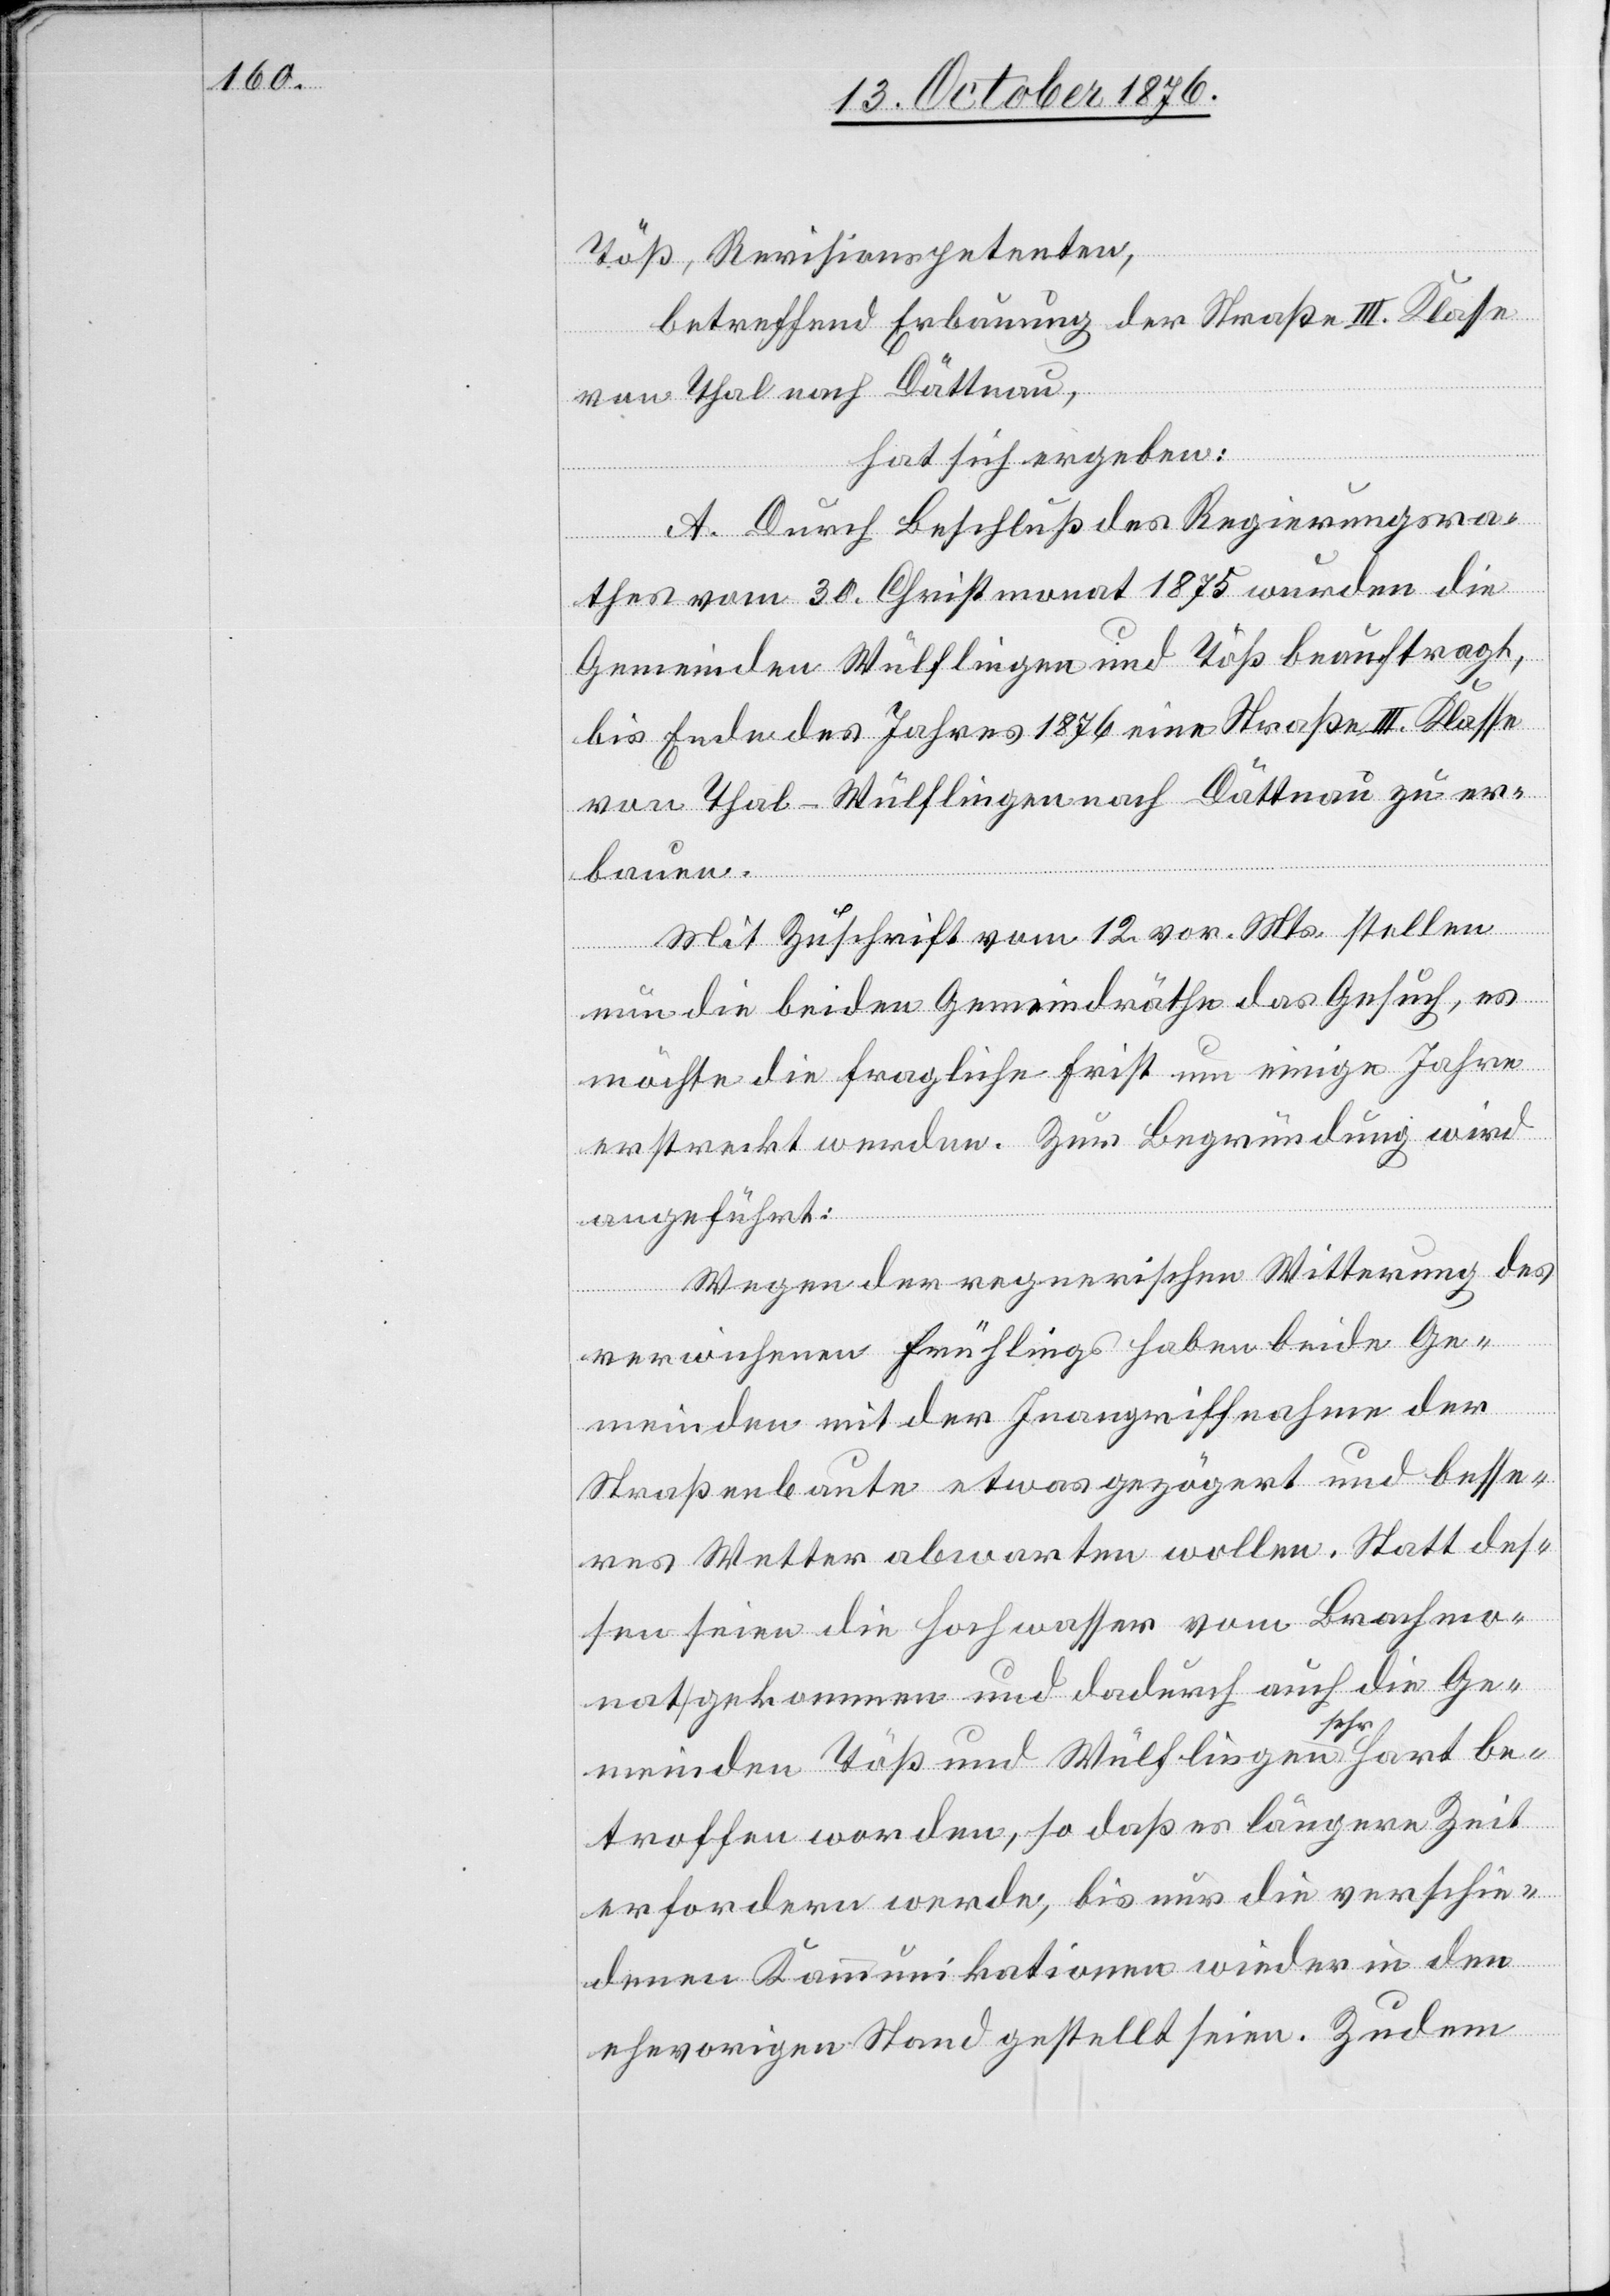
Töß, Revisionspetenten,
betreffend Erbauung der Straße III. Klasse
von Thal nach Dättnau,
hat sich ergeben:
A. Durch Beschluß des Regierungsra¬
thes vom 30. Christmonat 1875 wurden die
Gemeinden Wülflingen und Töß beauftragt,
bis Ende des Jahres 1876 eine Straße III. Klasse
von Thal - Wülflingen nach Dättnau zu er¬
bauen.
Mit Zuschrift vom 12. vor. Mts. stellen
nun die beiden Gemeindräthe das Gesuch, es
möchte die fragliche Frist um einige Jahre
erstreckt werden. Zur Begründung wird
angeführt:
Wegen der regnerischen Witterung des
verwichenen Frühlings haben beide Ge¬
meinden mit der Inangriffnahme der
Straßenbaute etwas gezögert und besse¬
res Wetter abwarten wollen. Staat des¬
sen seien die Hochwasser vom Brachmo¬
nat gekommen und dadurch auch die Ge¬
meinden Töß und Wülflingen a sehr a hart be¬
troffen worden, so daß es längere Zeit
erfordern werde, bis nur die verschie¬
denen Kommunikationen wieder in den
ehevorigen Stand gestellt seien. Zudem